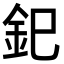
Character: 釲